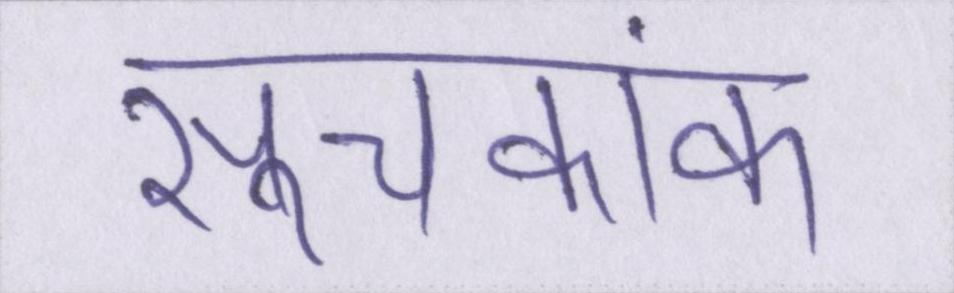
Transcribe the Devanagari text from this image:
सूचकांक